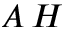
A \, H